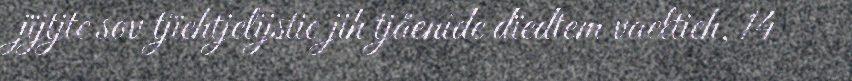
jïjtjte sov tjïehtjelijstie jih tjåenide dïedtem vaeltieh, 14